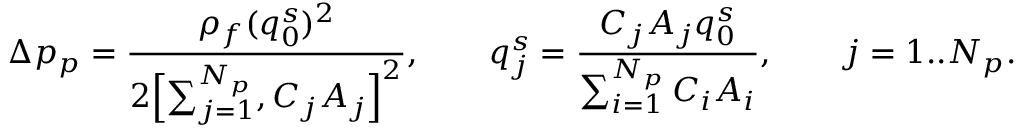
\Delta p _ { p } = \frac { \rho _ { f } ( q _ { 0 } ^ { s } ) ^ { 2 } } { 2 \Bigl [ \sum _ { j = 1 } ^ { N _ { p } } , C _ { j } A _ { j } \Bigr ] ^ { 2 } } , \qquad q _ { j } ^ { s } = \frac { C _ { j } A _ { j } q _ { 0 } ^ { s } } { \sum _ { i = 1 } ^ { N _ { p } } C _ { i } A _ { i } } , \qquad j = 1 . . N _ { p } .